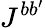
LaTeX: J^{bb^{\prime}}